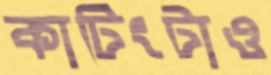
কাটিংটাও